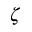
\zeta